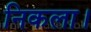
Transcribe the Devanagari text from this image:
निकला।